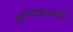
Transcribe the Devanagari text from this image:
पूरियाधनाश्री